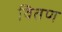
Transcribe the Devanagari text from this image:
वितण